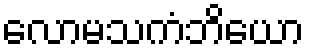
လောမသကံဘိယော